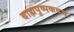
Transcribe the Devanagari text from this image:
बाह्मपुष्पकवच